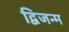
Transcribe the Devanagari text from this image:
द्विजन्‍म